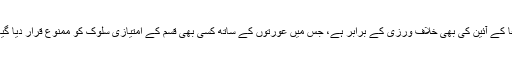
يہ فيفا کے آئين کی بھی خلاف ورزی کے برابر ہے، جس ميں عورتوں کے ساتھ کسی بھی قسم کے امتيازی سلوک کو ممنوع قرار ديا گيا ہے۔